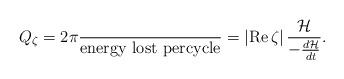
LaTeX: \begin{align*}Q_{\zeta}=2\pi\frac{}{\text{energy lost percycle}}=\left\vert \operatorname{Re}\zeta\right\vert \frac{\mathcal{H}}{-\frac{d\mathcal{H}}{dt}}. \end{align*}